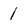
Character: 1